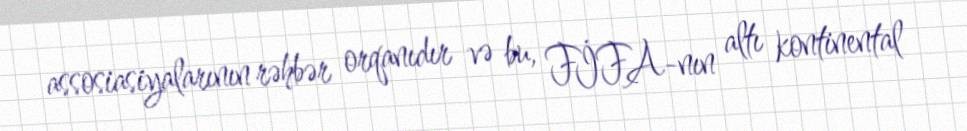
assosiasiyalarının rəhbər orqanıdır və bu, FİFA-nın altı kontinental